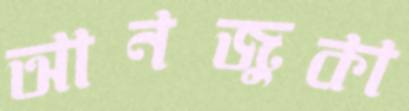
আনজুকা